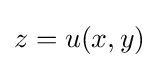
z=u(x,y)